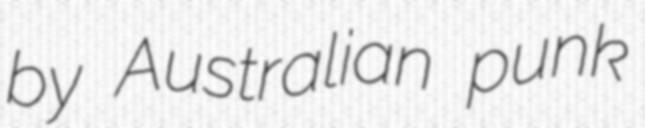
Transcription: by Australian punk